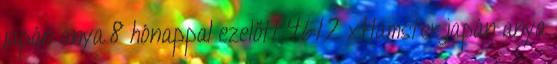
japán anya 8 hónappal ezelőtt 46:12 xHamster japán anya